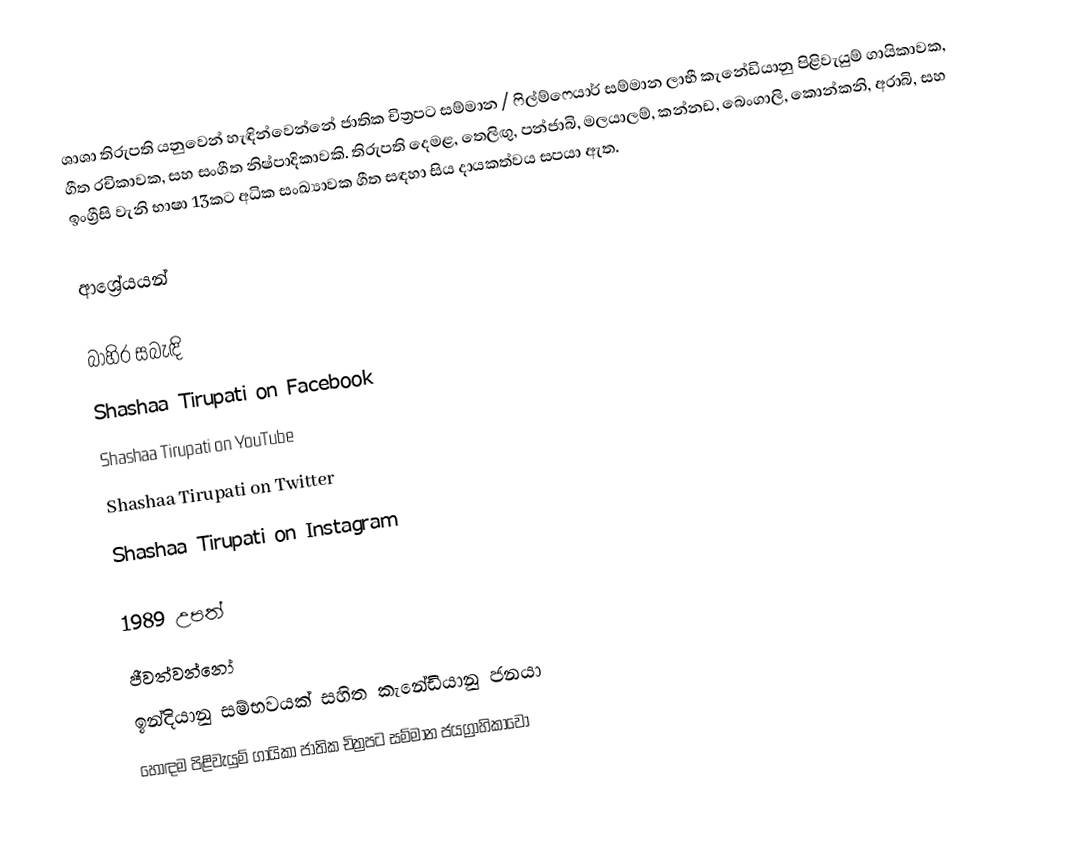
ශාශා තිරුපති යනුවෙන් හැඳින්වෙන්නේ ජාතික චිත්‍රපට සම්මාන / ෆිල්ම්ෆෙයාර් සම්මාන ලාභී කැනේඩියානු පිළිවැයුම් ගායිකාවක, ගීත රචිකාවක, සහ සංගීත නිෂ්පාදිකාවකි. තිරුපති දෙමළ, තෙලිඟු, පන්ජාබි, මලයාලම්, කන්නඩ, බෙංගාලි, කොන්කනි, අරාබි, සහ ඉංග්‍රීසි වැනි භාෂා 13කට අධික සංඛ්‍යාවක ගීත සඳහා සිය දායකත්වය සපයා ඇත.

ආශ්‍රේයයන්

බාහිර සබැඳි
 Shashaa Tirupati on Facebook
 Shashaa Tirupati on YouTube
 Shashaa Tirupati on Twitter
 Shashaa Tirupati on Instagram

1989 උපත්
ජීවත්වන්නෝ
ඉන්දියානු සම්භවයක් සහිත කැනේඩියානු ජනයා
හොඳම පිළිවැයුම් ගායිකා ජාතික චිත්‍රපට සම්මාන ජයග්‍රාහිකාවෝ